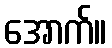
အောက်။